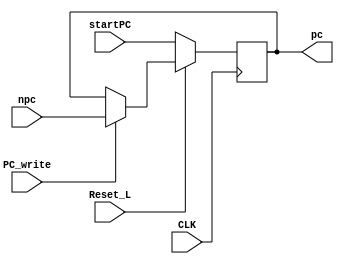
`define _pc_v_

module PC(CLK, Reset_L, startPC, PC_write, pc, npc);

  input wire CLK, Reset_L, PC_write;   // Sensitive to negedge CLK. Reset_L is active low and synchronous. 
  input wire [31:0] npc, startPC;
  output reg [31:0] pc;
  
  always @(negedge CLK) begin
    if (~Reset_L)        // Reset, active low
      pc <= startPC;
    else if (PC_write)   // Write, active high
      pc <= npc;
    else
      pc <= pc;  
  end

endmodule